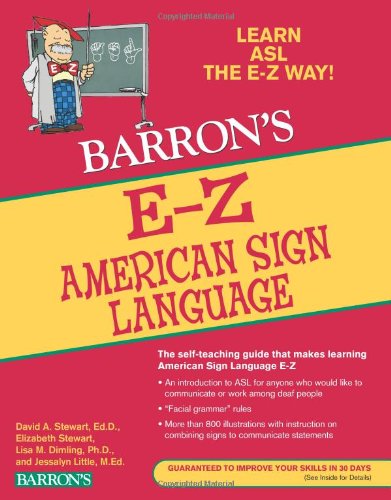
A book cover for E-Z American Sign Language (Barron's E-Z Series); David A. Stewart Ed.D.; Reference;